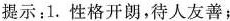
提示：1. 性格开朗，待人友善；